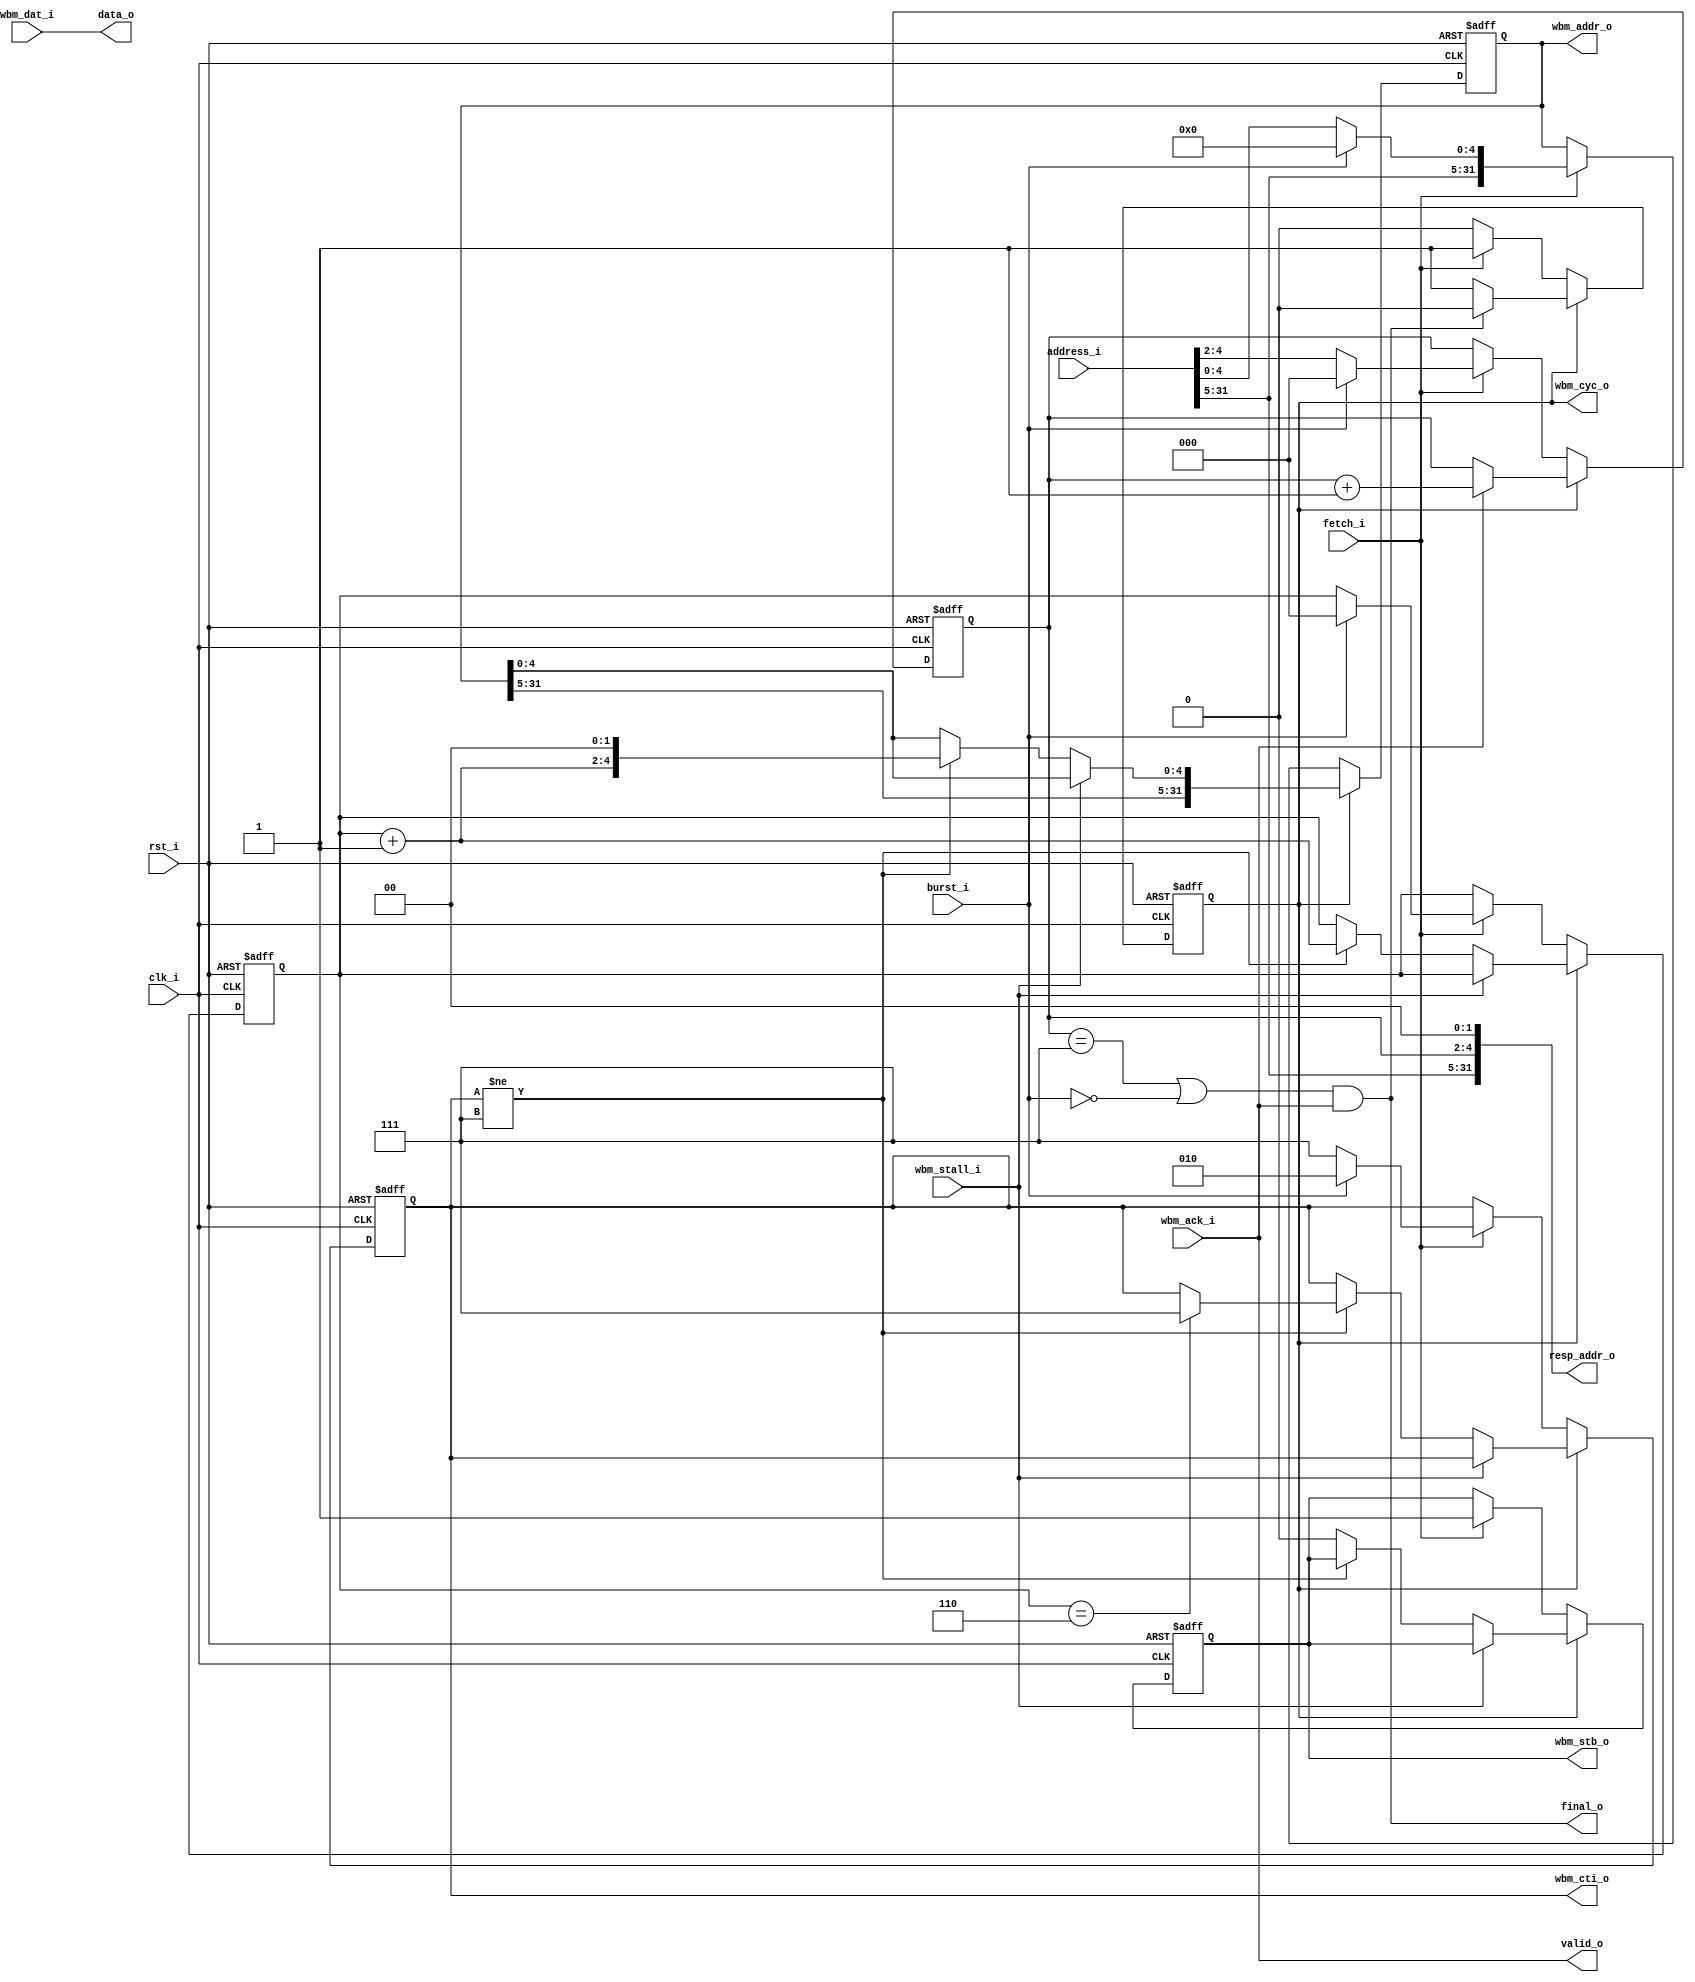
module altor32_wb_fetch
( 
    input                       clk_i /*verilator public*/,
    input                       rst_i /*verilator public*/,

    // Fetch
    input                       fetch_i /*verilator public*/,
    input                       burst_i /*verilator public*/,
    input [31:0]                address_i /*verilator public*/,

    // Response
    output [31:0]               resp_addr_o /*verilator public*/,
    output [31:0]               data_o /*verilator public*/,
    output                      valid_o /*verilator public*/,
    output                      final_o /*verilator public*/,

    // Memory interface
    output reg [31:0]           wbm_addr_o /*verilator public*/,
    input [31:0]                wbm_dat_i /*verilator public*/,
    output reg [2:0]            wbm_cti_o /*verilator public*/,
    output reg                  wbm_cyc_o /*verilator public*/,
    output reg                  wbm_stb_o /*verilator public*/,
    input                       wbm_stall_i/*verilator public*/,
    input                       wbm_ack_i/*verilator public*/
);

//-----------------------------------------------------------------
// Params
//-----------------------------------------------------------------
parameter FETCH_WORDS_W             = 3; /* 2 ^ 3 * 4 = 32 */
parameter FETCH_BYTES_W             = FETCH_WORDS_W + 2;

parameter WB_CTI_BURST              = 3'b010;
parameter WB_CTI_FINAL              = 3'b111;

//-----------------------------------------------------------------
// Registers / Wires
//-----------------------------------------------------------------

// Word currently being fetched within a line
reg [FETCH_WORDS_W-1:0]  fetch_word_q;
reg [FETCH_WORDS_W-1:0]  resp_word_q;

wire [FETCH_WORDS_W-1:0] next_word_w  = fetch_word_q + 1;

wire penultimate_word_w  = (fetch_word_q == ({FETCH_WORDS_W{1'b1}}-1));

wire final_resp_w        = ((resp_word_q  == {FETCH_WORDS_W{1'b1}}) | ~burst_i);

//-----------------------------------------------------------------
// Pipelined Wishbone Master
//-----------------------------------------------------------------
always @ (posedge rst_i or posedge clk_i )
begin
   if (rst_i == 1'b1)
   begin
        wbm_addr_o      <= 32'h00000000;
        wbm_cti_o       <= 3'b0;
        wbm_stb_o       <= 1'b0;
        wbm_cyc_o       <= 1'b0;

        fetch_word_q    <= {FETCH_WORDS_W{1'b0}};
        resp_word_q     <= {FETCH_WORDS_W{1'b0}};
   end
   else
   begin
        // Idle
        if (!wbm_cyc_o)
        begin
            if (fetch_i)
            begin
                if (burst_i)
                begin
                    wbm_addr_o      <= {address_i[31:FETCH_BYTES_W], {FETCH_BYTES_W{1'b0}}};
                    fetch_word_q    <= {FETCH_WORDS_W{1'b0}};
                    resp_word_q     <= {FETCH_WORDS_W{1'b0}};
                    
                    // Incrementing linear burst
                    wbm_cti_o       <= WB_CTI_BURST;
                end
                else
                begin                    
                    wbm_addr_o      <= address_i;
                    resp_word_q     <= address_i[FETCH_BYTES_W-1:2];

                    // Single fetch
                    wbm_cti_o       <= WB_CTI_FINAL;                    
                end

                // Start fetch from memory
                wbm_stb_o           <= 1'b1;
                wbm_cyc_o           <= 1'b1;                        
            end
        end
        // Access in-progress
        else
        begin
            // Command accepted
            if (~wbm_stall_i)
            begin
                // Fetch next word for line
                if (wbm_cti_o != WB_CTI_FINAL)
                begin
                    wbm_addr_o      <= {wbm_addr_o[31:FETCH_BYTES_W], next_word_w, 2'b0};
                    fetch_word_q    <= next_word_w;
                    
                    // Final word to read?
                    if (penultimate_word_w)
                        wbm_cti_o   <= WB_CTI_FINAL;
                end
                // Fetch complete
                else
                    wbm_stb_o       <= 1'b0;
            end

            // Response
            if (wbm_ack_i)
                resp_word_q         <= resp_word_q + 1;

            // Last response?
            if (final_o)
                wbm_cyc_o           <= 1'b0;
        end
   end
end

// Response
assign data_o       = wbm_dat_i;
assign valid_o      = wbm_ack_i;
assign final_o      = final_resp_w & wbm_ack_i;
assign resp_addr_o  = {address_i[31:FETCH_BYTES_W], resp_word_q, 2'b0};

endmodule